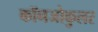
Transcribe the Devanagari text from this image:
कॉनजोकुलर